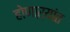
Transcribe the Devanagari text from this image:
होणाऱ्यांत